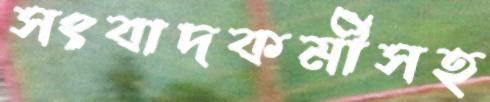
সংবাদকর্মীসহ